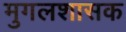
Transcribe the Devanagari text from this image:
मुगलशासक